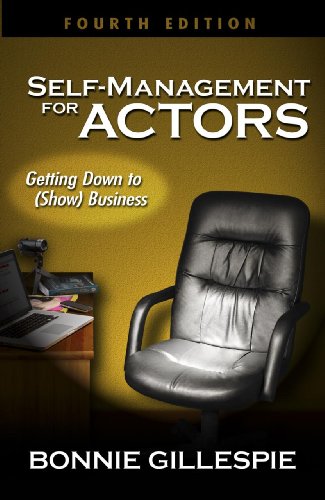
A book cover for Self-Management for Actors: Getting Down to (Show) Business; Bonnie Gillespie; Business & Money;